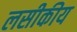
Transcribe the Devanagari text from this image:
लसीकीय